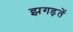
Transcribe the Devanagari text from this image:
झगड़तें